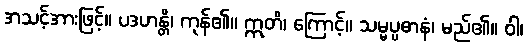
အသင့်အားဖြင့်။ ပဒဟန္တိ၊ ကုန်၏။ ဣတိ၊ ကြောင့်။ သမ္မပ္ပဓာနံ၊ မည်၏။ ဝါ၊